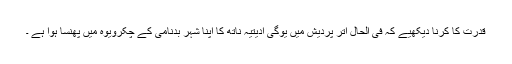
قدرت کا کرنا دیکھیے کہ فی الحال اتر پردیش میں یوگی ادیتیہ ناتھ کا اپنا شہر بدنامی کے چکرویوہ میں پھنسا ہوا ہے ۔